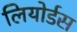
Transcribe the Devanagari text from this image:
लियोर्डस